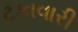
ટકાવારી